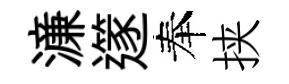
濓𨗹奉挟